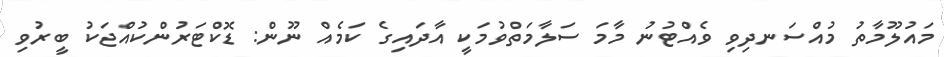
މައުލޫމާތު މުއްސަނދިވި ވެއްޓުނު މާމަ ސަލާމަތްވުމަކީ އާދައިގެ ކަމެއް ނޫން: ޑޮކްޓަރުންކުއްޖަކު ބީރުވި